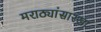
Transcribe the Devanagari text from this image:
मराठ्यांसारखा